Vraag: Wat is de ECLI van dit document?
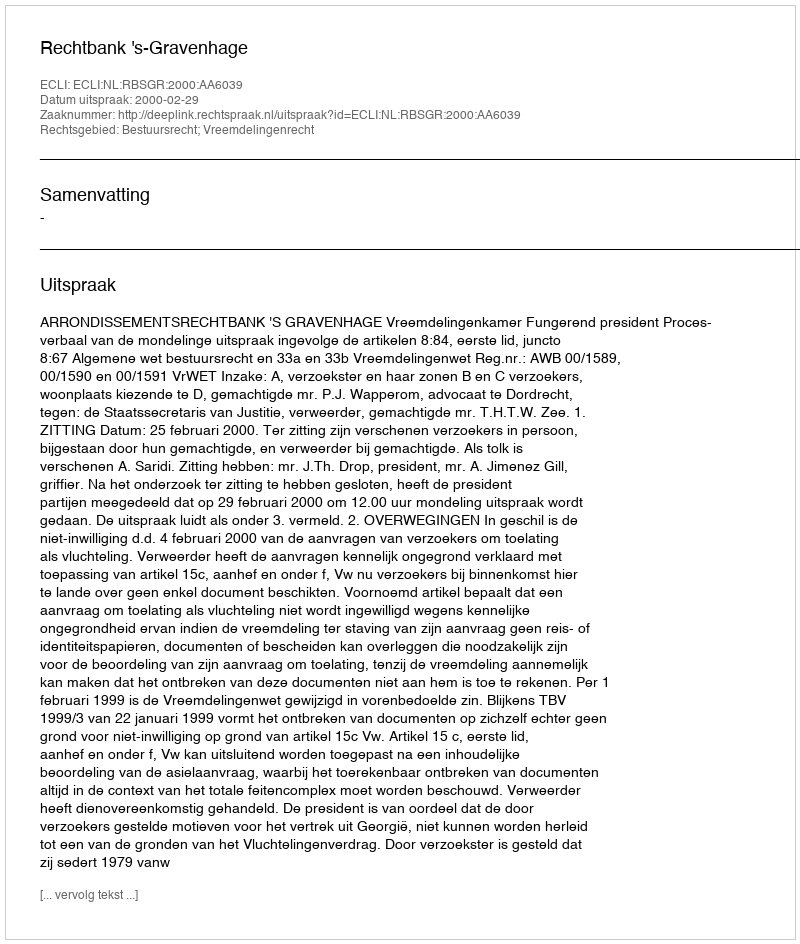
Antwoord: ECLI:NL:RBSGR:2000:AA6039